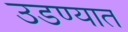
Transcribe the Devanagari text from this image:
उडण्यात